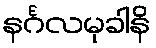
နင်္ဂလမုခါနိ